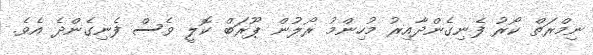
ނިމްރަތް ކޯރު ފެނިގެންދާއިރު މުހިންމު ރޯލުން ޕޫރަބް ކޮލީ ވެސް ފެނިގެންދެ އެވެ.